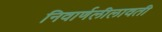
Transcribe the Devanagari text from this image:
निवार्णलीलावती